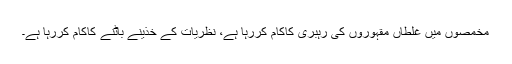
مخمصوں میں غلطاں مقہوروں کی رہبری کاکام کررہا ہے، نظریات کے خذینے باٹنے کاکام کررہا ہے۔